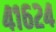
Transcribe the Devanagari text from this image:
४१६२४